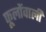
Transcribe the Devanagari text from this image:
फूलोंवाली